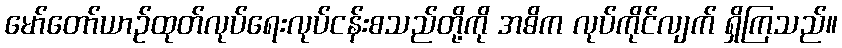
မော်တော်ယာဉ်ထုတ်လုပ်ရေးလုပ်ငန်းစသည်တို့ကို အဓိက လုပ်ကိုင်လျက် ရှိကြသည်။